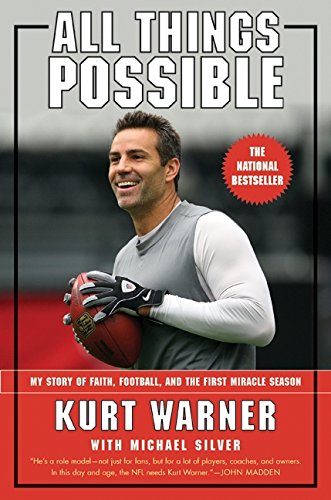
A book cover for All Things Possible: My Story of Faith, Football, and the First Miracle Season; Biographies & Memoirs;